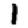
Digit: 1